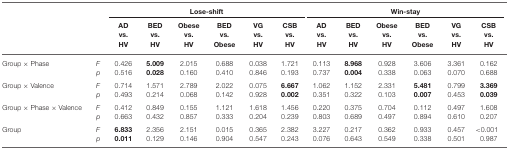
<table><thead><tr><td></td><td></td><td colspan="6"><b>Lose-shift</b></td><td colspan="6"><b>Win-stay</b></td></tr><tr><td></td><td></td><td><b>AD</b></td><td><b>BED</b></td><td><b>Obese</b></td><td><b>BED</b></td><td><b>VG</b></td><td><b>CSB</b></td><td><b>AD</b></td><td><b>BED</b></td><td><b>Obese</b></td><td><b>BED</b></td><td><b>VG</b></td><td><b>CSB</b></td></tr><tr><td></td><td></td><td><b>vs.</b></td><td><b>vs.</b></td><td><b>vs.</b></td><td><b>vs.</b></td><td><b>vs.</b></td><td><b>vs.</b></td><td><b>vs.</b></td><td><b>vs.</b></td><td><b>vs.</b></td><td><b>vs.</b></td><td><b>vs.</b></td><td><b>vs.</b></td></tr><tr><td></td><td></td><td><b>HV</b></td><td><b>HV</b></td><td><b>HV</b></td><td><b>Obese</b></td><td><b>HV</b></td><td><b>HV</b></td><td><b>HV</b></td><td><b>HV</b></td><td><b>HV</b></td><td><b>Obese</b></td><td><b>HV</b></td><td><b>HV</b></td></tr></thead><tbody><tr><td>Group × Phase</td><td><i>F</i></td><td>0.426</td><td><b>5.009</b></td><td>2.015</td><td>0.688</td><td>0.038</td><td>1.721</td><td>0.113</td><td><b>8.968</b></td><td>0.928</td><td>3.606</td><td>3.361</td><td>0.162</td></tr><tr><td></td><td><i>p</i></td><td>0.516</td><td><b>0.028</b></td><td>0.160</td><td>0.410</td><td>0.846</td><td>0.193</td><td>0.737</td><td><b>0.004</b></td><td>0.338</td><td>0.063</td><td>0.070</td><td>0.688</td></tr><tr><td>Group × Valence</td><td><i>F</i></td><td>0.714</td><td>1.571</td><td>2.789</td><td>2.022</td><td>0.075</td><td><b>6.667</b></td><td>1.062</td><td>1.152</td><td>2.331</td><td><b>5.481</b></td><td>0.799</td><td><b>3.369</b></td></tr><tr><td></td><td><i>p</i></td><td>0.493</td><td>0.214</td><td>0.068</td><td>0.142</td><td>0.928</td><td><b>0.002</b></td><td>0.351</td><td>0.322</td><td>0.103</td><td><b>0.007</b></td><td>0.453</td><td><b>0.039</b></td></tr><tr><td>Group × Phase × Valence</td><td><i>F</i></td><td>0.412</td><td>0.849</td><td>0.155</td><td>1.121</td><td>1.618</td><td>1.456</td><td>0.220</td><td>0.375</td><td>0.704</td><td>0.112</td><td>0.497</td><td>1.608</td></tr><tr><td></td><td><i>p</i></td><td>0.663</td><td>0.432</td><td>0.857</td><td>0.333</td><td>0.204</td><td>0.239</td><td>0.803</td><td>0.689</td><td>0.497</td><td>0.894</td><td>0.610</td><td>0.207</td></tr><tr><td>Group</td><td><i>F</i></td><td><b>6.833</b></td><td>2.356</td><td>2.151</td><td>0.015</td><td>0.365</td><td>2.382</td><td>3.227</td><td>0.217</td><td>0.362</td><td>0.933</td><td>0.457</td><td>&lt;0.001</td></tr><tr><td></td><td><i>p</i></td><td><b>0.011</b></td><td>0.129</td><td>0.146</td><td>0.904</td><td>0.547</td><td>0.243</td><td>0.076</td><td>0.643</td><td>0.549</td><td>0.338</td><td>0.501</td><td>0.987</td></tr></tbody></table>